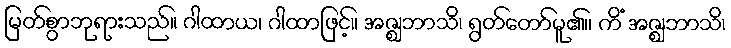
မြတ်စွာဘုရားသည်။ ဂါထာယ၊ ဂါထာဖြင့်။ အဇ္ဈဘာသိ၊ ရွတ်တော်မူ၏။ ကိံ အဇ္ဈဘာသိ၊